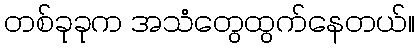
တစ်ခုခုက အသံတွေထွက်နေတယ်။